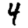
Digit: 4